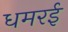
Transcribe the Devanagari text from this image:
धमरई